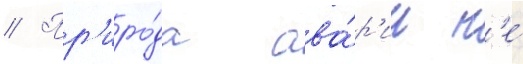
// Пр'иро́да ава́р'ии н'е́